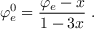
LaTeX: \varphi _ { e } ^ { 0 } = \frac { \varphi _ { e } - x } { 1 - 3 x } \; .